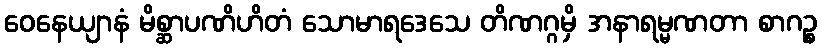
ဝေနေယျာနံ မိစ္ဆာပဏိဟိတံ သောမာရဒေသေ တိဏဂ္ဂမှိ အနာရမ္မဏတာ စာဂဉ္စ